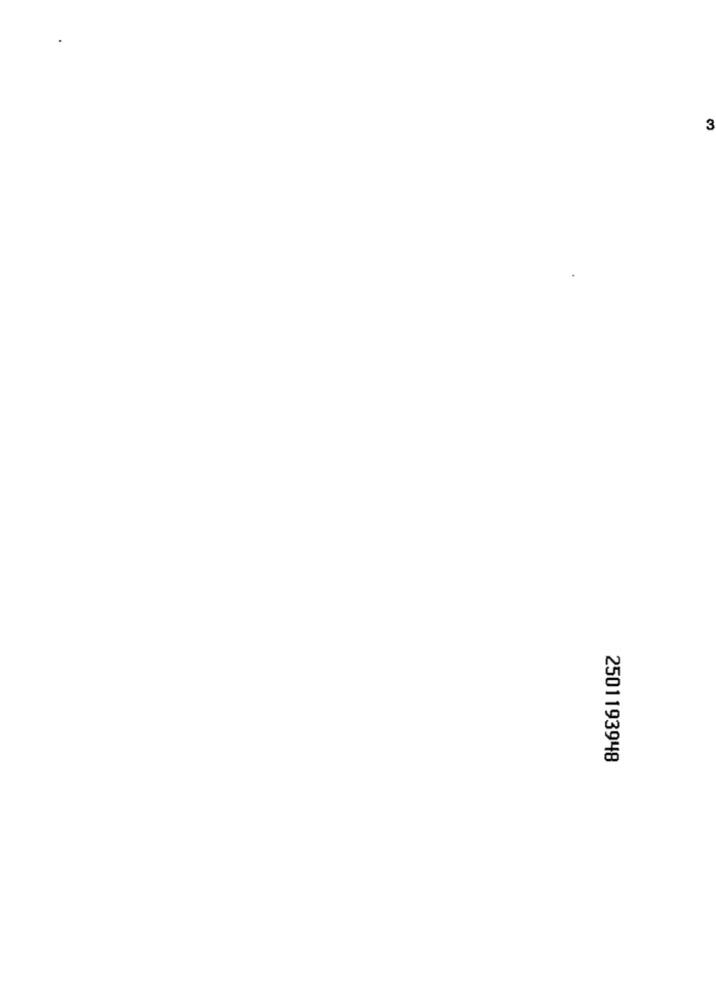
3
2501193948